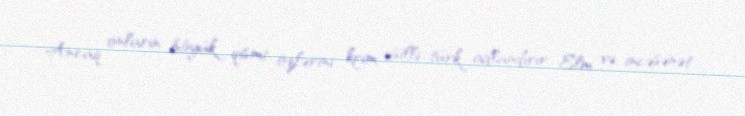
Ancaq onların böyük qismi özlərini krım əsilli türk adlandırır Elm və incəsənət